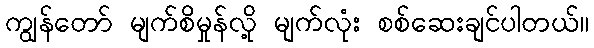
ကျွန်တော် မျက်စိမှုန်လို့ မျက်လုံး စစ်ဆေးချင်ပါတယ်။